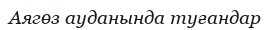
Аягөз ауданында туғандар